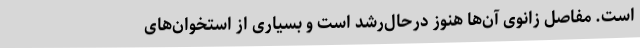
است. مفاصل زانوی آن‌ها هنوز درحال‌رشد است و بسیاری از استخوان‌های